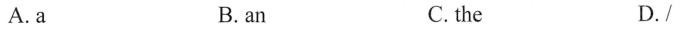
A.a B. an C.the D./